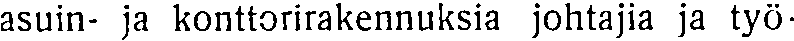
asuin- ja konttorirakennuksia johtajia ja työ-